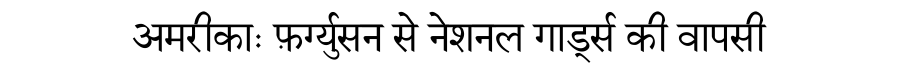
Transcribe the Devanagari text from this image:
अमरीकाः फ़र्ग्युसन से नेशनल गार्ड्स की वापसी